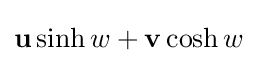
\mathbf {u} \sinh w+\mathbf {v} \cosh w